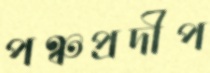
পঞ্চপ্রদীপ